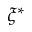
\xi ^ { * }